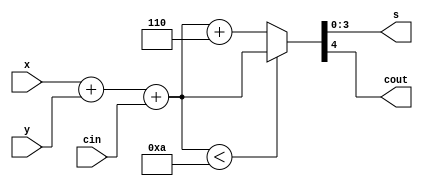
//!1bcd
module bcdadd(cin,x,y,s,cout);
    input cin;
    input [3:0]x,y;
    output reg [3:0]s;
    output reg cout;
    reg [4:0]z;      //
    
    always@(cin,x,y)
    begin
        z = x+y+cin;
        if(z<10)
            {cout,s} = z;
        else
            {cout,s} = z+6;     //6

    end

endmodule